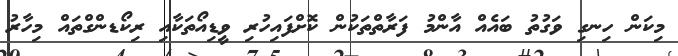
މިކަން ހިނގި ވަގުތު ބައެއް އާންމު ފަރާތްތަކުން ކޮށްފައިހުރި ވީޑިއޯތަކާއި ރިކޯޑންގްތައް މިހާރު